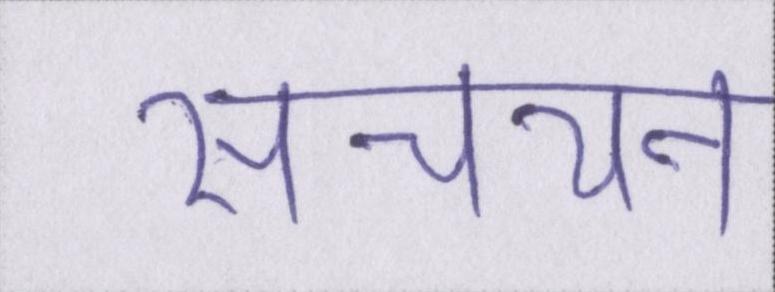
संचयन